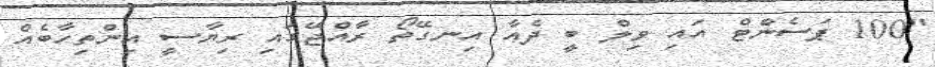
"100 ޕަސެންޓް އައި ވިލް ބީ ދެއާ އިނގޭތޯ ރާއްޖޭގައި ރިޔާސީ އިންތިހާބެއް